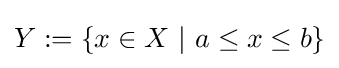
Y:=\{x\in X\ |\ a\leq x\leq b\}